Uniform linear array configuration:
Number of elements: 16
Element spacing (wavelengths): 0.25
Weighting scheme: hamming
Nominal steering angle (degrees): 45
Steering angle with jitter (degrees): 45.606
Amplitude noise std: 0.05
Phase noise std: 0.05

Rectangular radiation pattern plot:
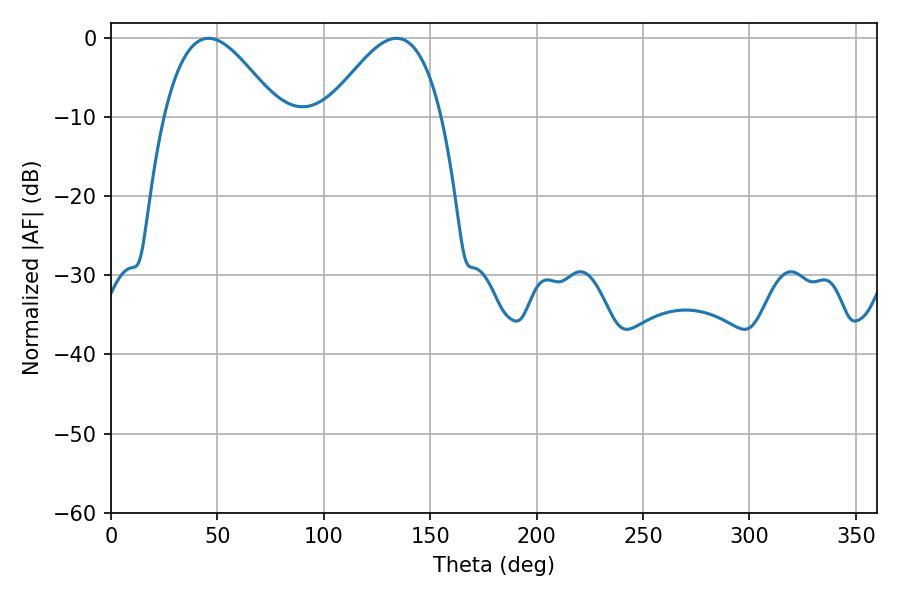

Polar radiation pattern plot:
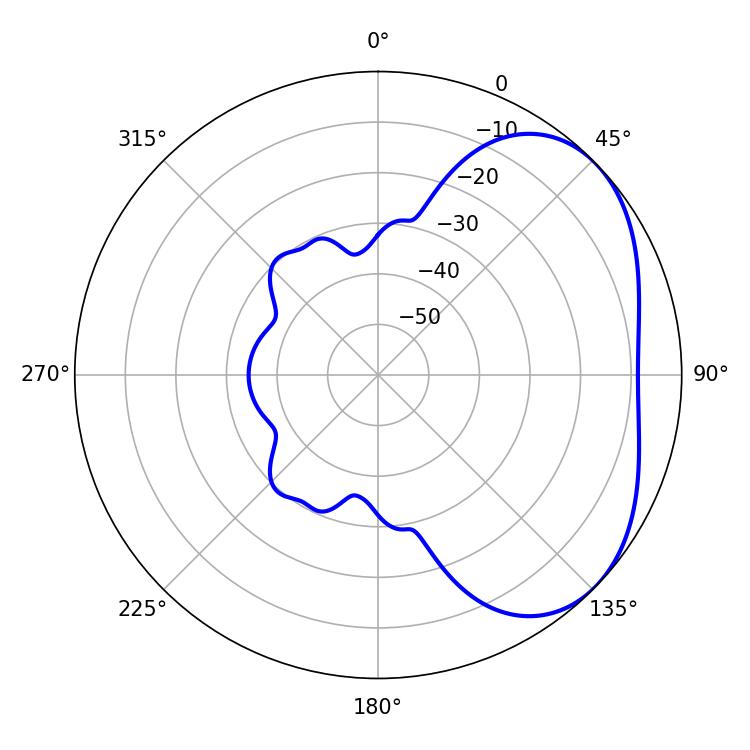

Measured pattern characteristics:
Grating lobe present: FALSE
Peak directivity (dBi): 3.656
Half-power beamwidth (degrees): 28.98
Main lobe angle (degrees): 45.9